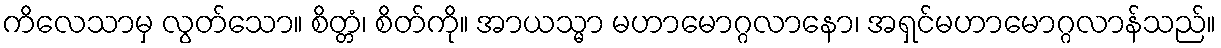
ကိလေသာမှ လွတ်သော။ စိတ္တံ၊ စိတ်ကို။ အာယသ္မာ မဟာမောဂ္ဂလာနော၊ အရှင်မဟာမောဂ္ဂလာန်သည်။